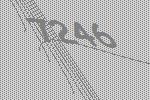
7246